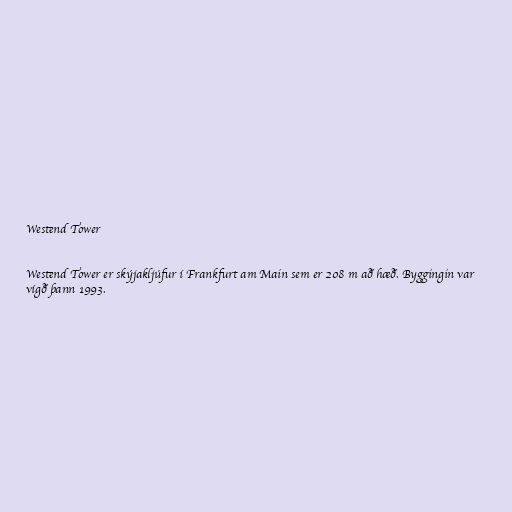
Westend Tower

Westend Tower er skýjakljúfur í Frankfurt am Main sem er 208 m að hæð. Byggingin var
vígð þann 1993.